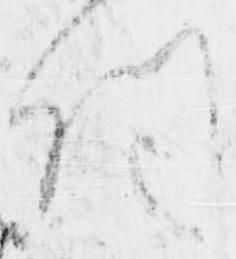
伺